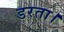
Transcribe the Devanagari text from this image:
डरता।